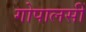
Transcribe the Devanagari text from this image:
गोपालसीं